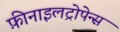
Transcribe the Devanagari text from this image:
फ़ीनाइलट्रोपेन्स